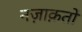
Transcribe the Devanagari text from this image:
नज़ाक़तों